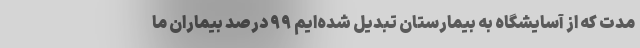
مدت که از آسایشگاه به بیمارستان تبدیل شده‌ایم ۹۹ درصد بیماران ما